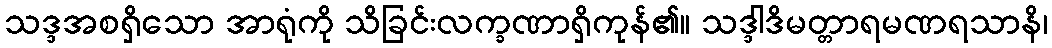
သဒ္ဒအစရှိသော အာရုံကို သိခြင်းလက္ခဏာရှိကုန်၏။ သဒ္ဒါဒိမတ္တာရမဏရသာနိ၊